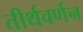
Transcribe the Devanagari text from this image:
तीर्थवर्णन